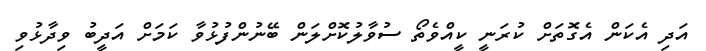
އަދި އެކަން އެގޮތަށް ކުރަނީ ކީއްވެތޯ ސުވާލުކޮށްލަން ބޭނުންފުޅުވާ ކަމަށް އަދީބު ވިދާޅުވި